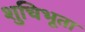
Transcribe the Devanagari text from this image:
शुचिभूता